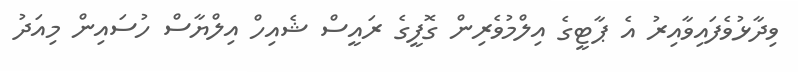
ވިދާޅުވެފައިވާއިރު އެ ޕާޓީގެ އިލްމުވެރިން ގޮފީގެ ރައީސް ޝެއިހް އިލްޔާސް ހުސައިން މިއަދު